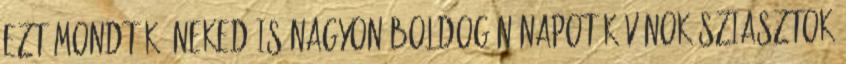
ezt mondták. Neked is nagyon Boldog Nőnapot kívánok Sziasztok